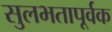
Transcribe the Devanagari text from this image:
सुलभतापूर्वक